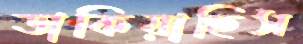
ডাকিয়াছিস